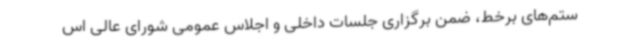
ستم‌های برخط، ضمن برگزاری جلسات داخلی و اجلاس عمومی شورای عالی اس